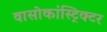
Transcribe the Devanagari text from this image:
वासोकांस्ट्रिक्टर